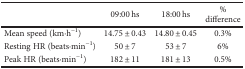
|  | 09:00 hs | 18:00 hs | % difference |
 | --- | --- | --- | --- |
 | Mean speed (km·h−1) | 14.75 ± 0.43 | 14.80 ± 0.45 | 0.3% |
 | Resting HR (beats·min−1) | 50 ± 7 | 53 ± 7 | 6% |
 | Peak HR (beats·min−1) | 182 ± 11 | 181 ± 13 | 0.5% |